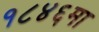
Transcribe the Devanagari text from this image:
१८४६मा